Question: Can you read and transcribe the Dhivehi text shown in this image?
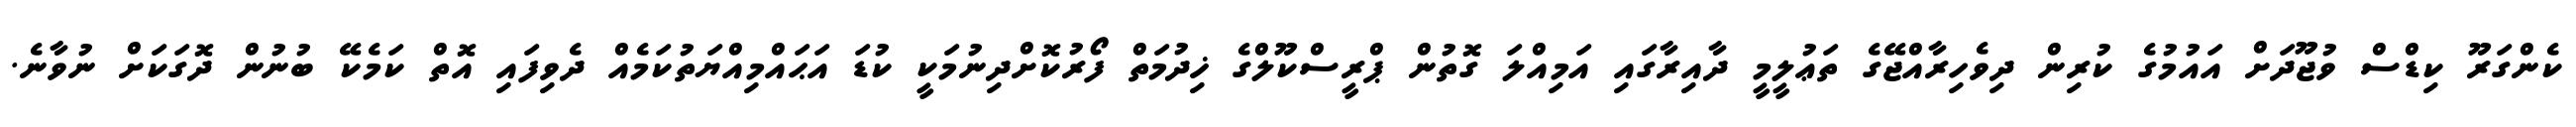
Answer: ކެންގަރޫ ކިޑްސް ވުޖޫދަށް އައުމުގެ ކުރިން ދިވެހިރާއްޖޭގެ ތަޢުލީމީ ދާއިރާގައި އަމިއްލަ ގޮތުން ޕްރީސްކޫލްގެ ޚިދުމަތް ފޯރުކޮށްދިނުމަކީ ކުޑަ އަޙައްމިއްޔަތުކަމެއް ދެވިފައި އޮތް ކަމެކޭ ބުނުން ދޮގަކަށް ނުވާނެ.